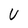
Character: U